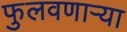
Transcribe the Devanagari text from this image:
फुलवणाऱ्या